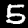
Label: 5